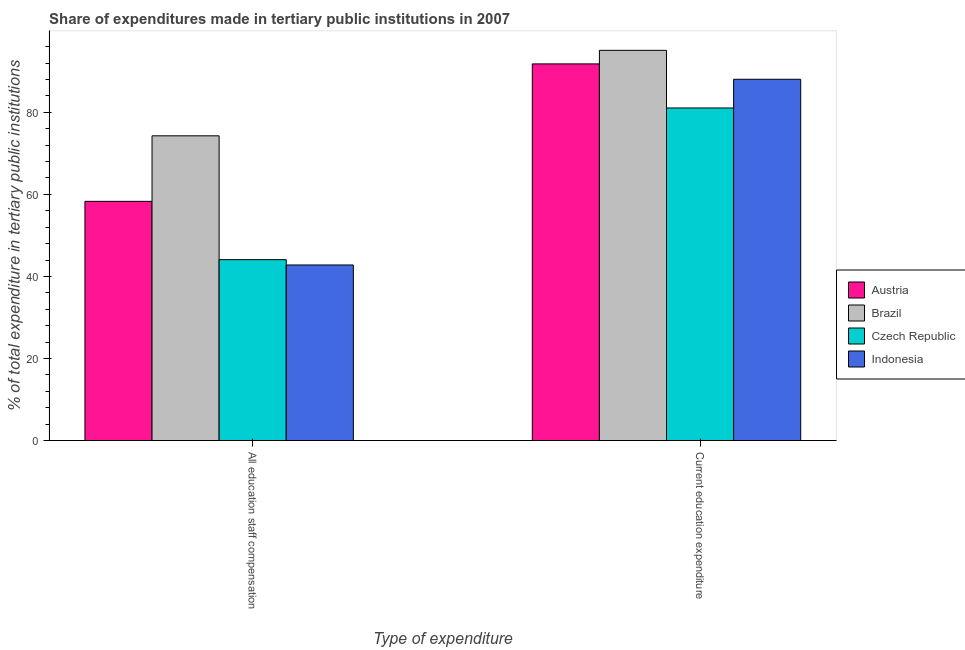
| Type of expenditure | Austria | Brazil | Czech Republic | Indonesia |
 | --- | --- | --- | --- | --- |
 | All education staff compensation | 58.3 | 74.3 | 44.1 | 42.8 |
 | Current education expenditure | 91.8 | 95.1 | 81 | 88 |